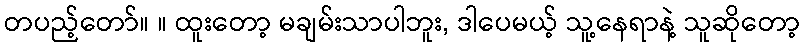
တပည့်တော်။ ။ ထူးတော့ မချမ်းသာပါဘူး, ဒါပေမယ့် သူ့နေရာနဲ့ သူဆိုတော့